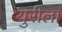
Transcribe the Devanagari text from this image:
युरीला